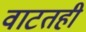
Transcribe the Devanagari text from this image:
वाटतही